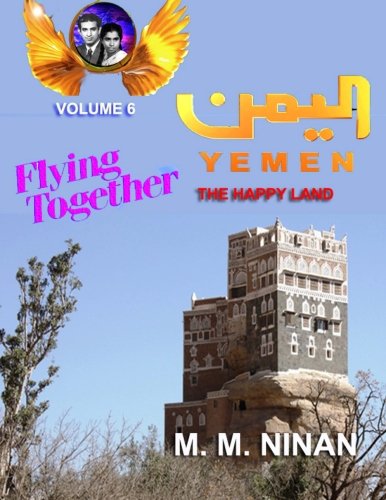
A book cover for Yemen - The Happy Land (Flying Together) (Volume 6); M. M. Ninan; Travel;